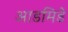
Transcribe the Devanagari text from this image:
आडमिडे